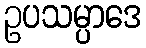
ဥပသမ္ပာဒေ